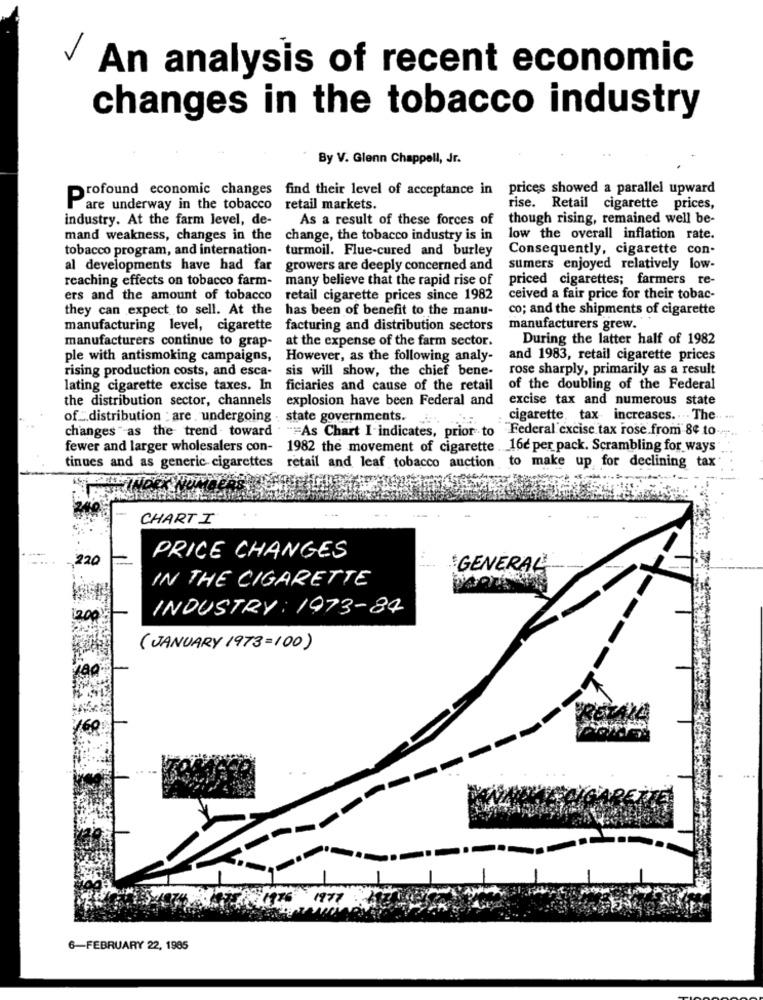
An analysis of recent economic
changes in the tobacco industry
By V. Glenn Chappell, Jr.
prices showed a parallel upward
Profound economic changes find their level of acceptance in
are underway in the tobacco retail markets.
rise. Retail cigarette prices,
industry. At the farm level, de-
As a result of these forces of
though rising, remained well be-
mand weakness, changes in the
change, the tobacco industry is in
low the overall inflation rate.
tobacco program, and internation-
turmoil. Flue-cured and burley
Consequently, cigarette con-
al developments have had far
growers are deeply concerned and
sumers enjoyed relatively low-
reaching effects on tobacco farm-
many believe that the rapid rise of
priced cigarettes; farmers re-
ers and the amount of tobacco
retail cigarette prices since 1982
ceived a fair price for their tobac-
they can expect to sell. At the
has been of benefit to the manu-
co; and the shipments of cigarette
manufacturing level, cigarette
facturing and distribution sectors
manufacturers grew.
manufacturers continue to grap-
at the expense of the farm sector.
During the latter half of 1982
ple with antismoking campaigns,
However, as the following analy-
and 1983, retail cigarette prices
rising production costs, and esca-
sis will show, the chief bene-
rose sharply, primarily as a result
lating cigarette excise taxes. In
ficiaries and cause of the retail
of the doubling of the Federal
the distribution sector, channels
explosion have been Federal and
excise tax and numerous state
of_ distribution : are . undergoing . state governments.
cigarette, tax increases ... The. ...
changes "as the trend toward
"As Chart I-indicates, prior to Federal excise tax rose from 8¢ to.
fewer and larger wholesalers con-
1982 the movement of cigarette 16e per pack. Scrambling for ways
retail and leaf tobacco auction to make up for declining tax
tinues and as generic cigarettes
CHART I
220
PRICE CHANGES
:
GENERAL
IN THE CIGARETTE
INDUSTRY: 1973-84
1200
( JANUARY 1973=100)
6-FEBRUARY 22, 1985